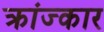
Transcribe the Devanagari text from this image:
क्रांज्कार